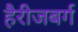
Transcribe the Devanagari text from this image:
हैरीजबर्ग